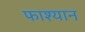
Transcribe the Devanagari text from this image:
फाश्यान